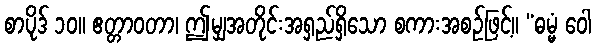
စာပိုဒ် ၁၀။ ဧတ္တာဝတာ၊ ဤမျှအတိုင်းအရှည်ရှိသော စကားအစဉ်ဖြင့်။ “ဓမ္မံ ဝေါ